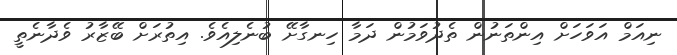
ނިއަމް އަވަހަށް އިންތަނުން ތެދުވަމުން ދަމާ ހިނގާށޭ ބުނެލިއެވެ. އިތުރަށް ބޭޒާރު ވެދާނެތީ